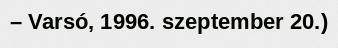
– Varsó, 1996. szeptember 20.)